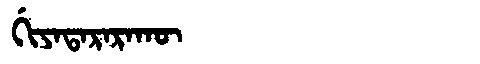
Manchu: ᡤᡳᠶᠠᡨᠠᡵᠠᡵᠠᡴᡡ
Romanization: GIYATARARAKŪ